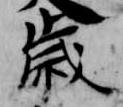
歳